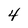
Character: 4